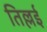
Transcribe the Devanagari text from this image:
तिल्लई